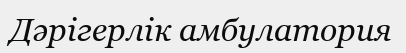
Дәрігерлік амбулатория